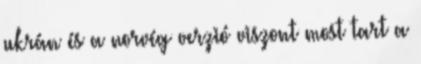
ukrán és a norvég verzió viszont most tart a